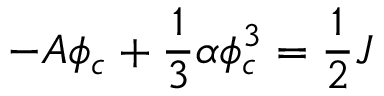
- { \cal A } \phi _ { c } + \frac { 1 } { 3 } \alpha \phi _ { c } ^ { 3 } = \frac { 1 } { 2 } J